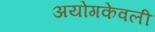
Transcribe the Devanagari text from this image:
अयोगकेवली